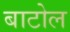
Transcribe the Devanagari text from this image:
बाटोल